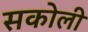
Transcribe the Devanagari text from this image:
सकोली